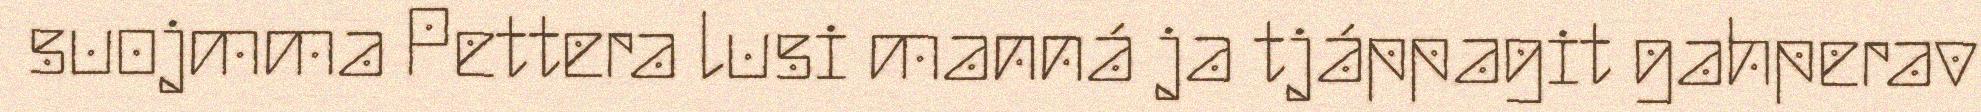
suojmma Pettera lusi manná ja tjáppagit gahperav